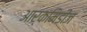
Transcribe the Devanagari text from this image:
आर्कमिडीज